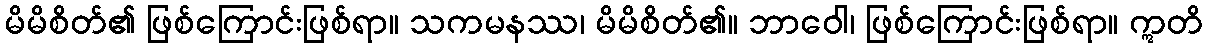
မိမိစိတ်၏ ဖြစ်ကြောင်းဖြစ်ရာ။ သကမနဿ၊ မိမိစိတ်၏။ ဘာဝေါ၊ ဖြစ်ကြောင်းဖြစ်ရာ။ ဣတိ